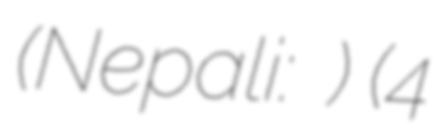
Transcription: (Nepali: नारायणगोपाल गुरुआचार्य) (4